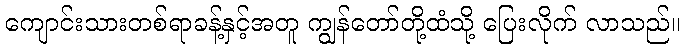
ကျောင်းသားတစ်ရာခန့်နှင့်အတူ ကျွန်တော်တို့ထံသို့ ပြေးလိုက် လာသည်။